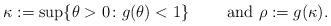
LaTeX: \begin{align*}\kappa:=\sup\{ \theta>0\colon g(\theta)<1\}\qquad\mbox{ and } \rho:=g(\kappa).\end{align*}